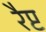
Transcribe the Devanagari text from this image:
रैप्ट